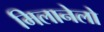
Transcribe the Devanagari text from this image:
मिलानेलो